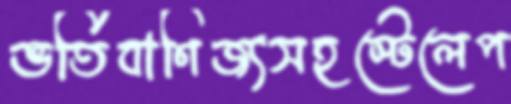
ভর্তিবাণিজ্যসহস্টেলেপ